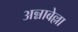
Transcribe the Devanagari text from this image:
अन्नाबेल्ला